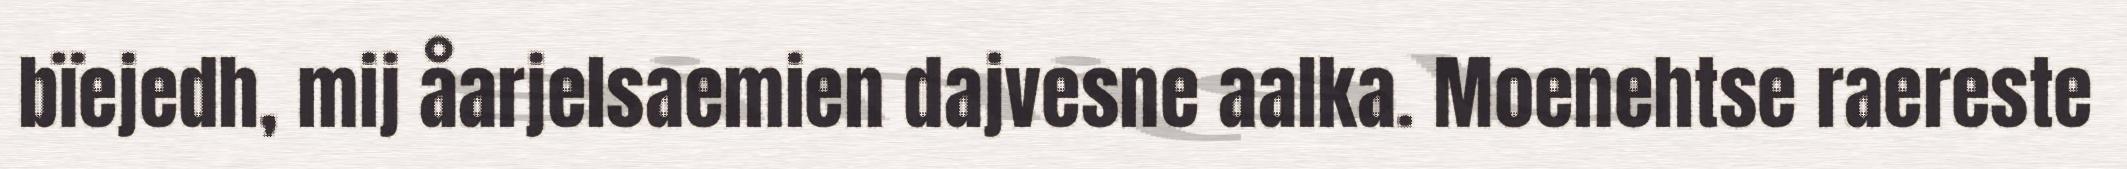
bïejedh, mij åarjelsaemien dajvesne aalka. Moenehtse raereste